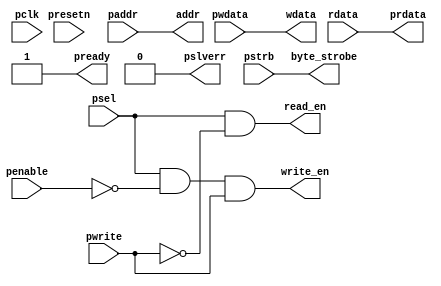
//======================================================================
// Copyright(c) 2024, Fighting for freedom & Always going on
//                         All Right Reserved
//
//
// Description: 
//
// Version        Modified by        Date           Description
// 1              haoran.li          2024-05-27     original
//
//======================================================================

module qinfen_apb3_slave_interface #(
    parameter ADDRWIDTH = 12
) ( // IO declaration

    input  wire                    pclk,     // pclk
    input  wire                    presetn,  // reset

    // apb interface inputs
    input  wire                    psel,
    input  wire [ADDRWIDTH-1:0]    paddr,
    input  wire                    penable,
    input  wire                    pwrite,
    input  wire [31:0]             pwdata,
    input  wire [3:0]              pstrb,

    // apb interface outputs
    output wire [31:0]             prdata,
    output wire                    pready,
    output wire                    pslverr,

    //Register interface
    output wire [ADDRWIDTH-1:0]    addr,
    output wire                    read_en,
    output wire                    write_en,
    output wire [3:0]              byte_strobe,
    output wire [31:0]             wdata,
    input  wire [31:0]             rdata
);

//--------------------------------------------------------------------------------------------
//  APB tie value
//--------------------------------------------------------------------------------------------
    assign  pready  = 1'b1; //always ready. Can be customized to support waitstate if required.
    assign  pslverr = 1'b0; //alwyas OKAY. Can be customized to support error response if required.

//--------------------------------------------------------------------------------------------
//  register read and write signal
//--------------------------------------------------------------------------------------------
    assign  addr        = paddr;
    assign  read_en     = psel & (~pwrite);           // assert for whole apb read transfer
    assign  write_en    = psel & (~penable) & pwrite; // assert for 1st cycle of write transfer
    assign  byte_strobe = pstrb;
    assign  wdata       = pwdata;
    assign  prdata      = rdata;


endmodule

// Local Variables:
// verilog-library-directories:("filepath")
// verilog-auto-inst-param-value:t
// verilog-auto-output-ignore-regexp:"^.*_nc.*\\\\|^.*pst.*"
// verilog-auto-input-ignore-regexp:"^.*nc.*\\\\|^.*pst.*"
// End: